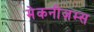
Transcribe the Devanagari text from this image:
मेकनीज़म्स